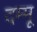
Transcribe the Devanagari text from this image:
दम्मू